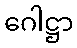
ဂေါဋ္ဌာ